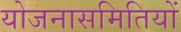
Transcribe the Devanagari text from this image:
योजनासमितियों